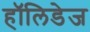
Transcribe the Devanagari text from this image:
हॉलिडेज